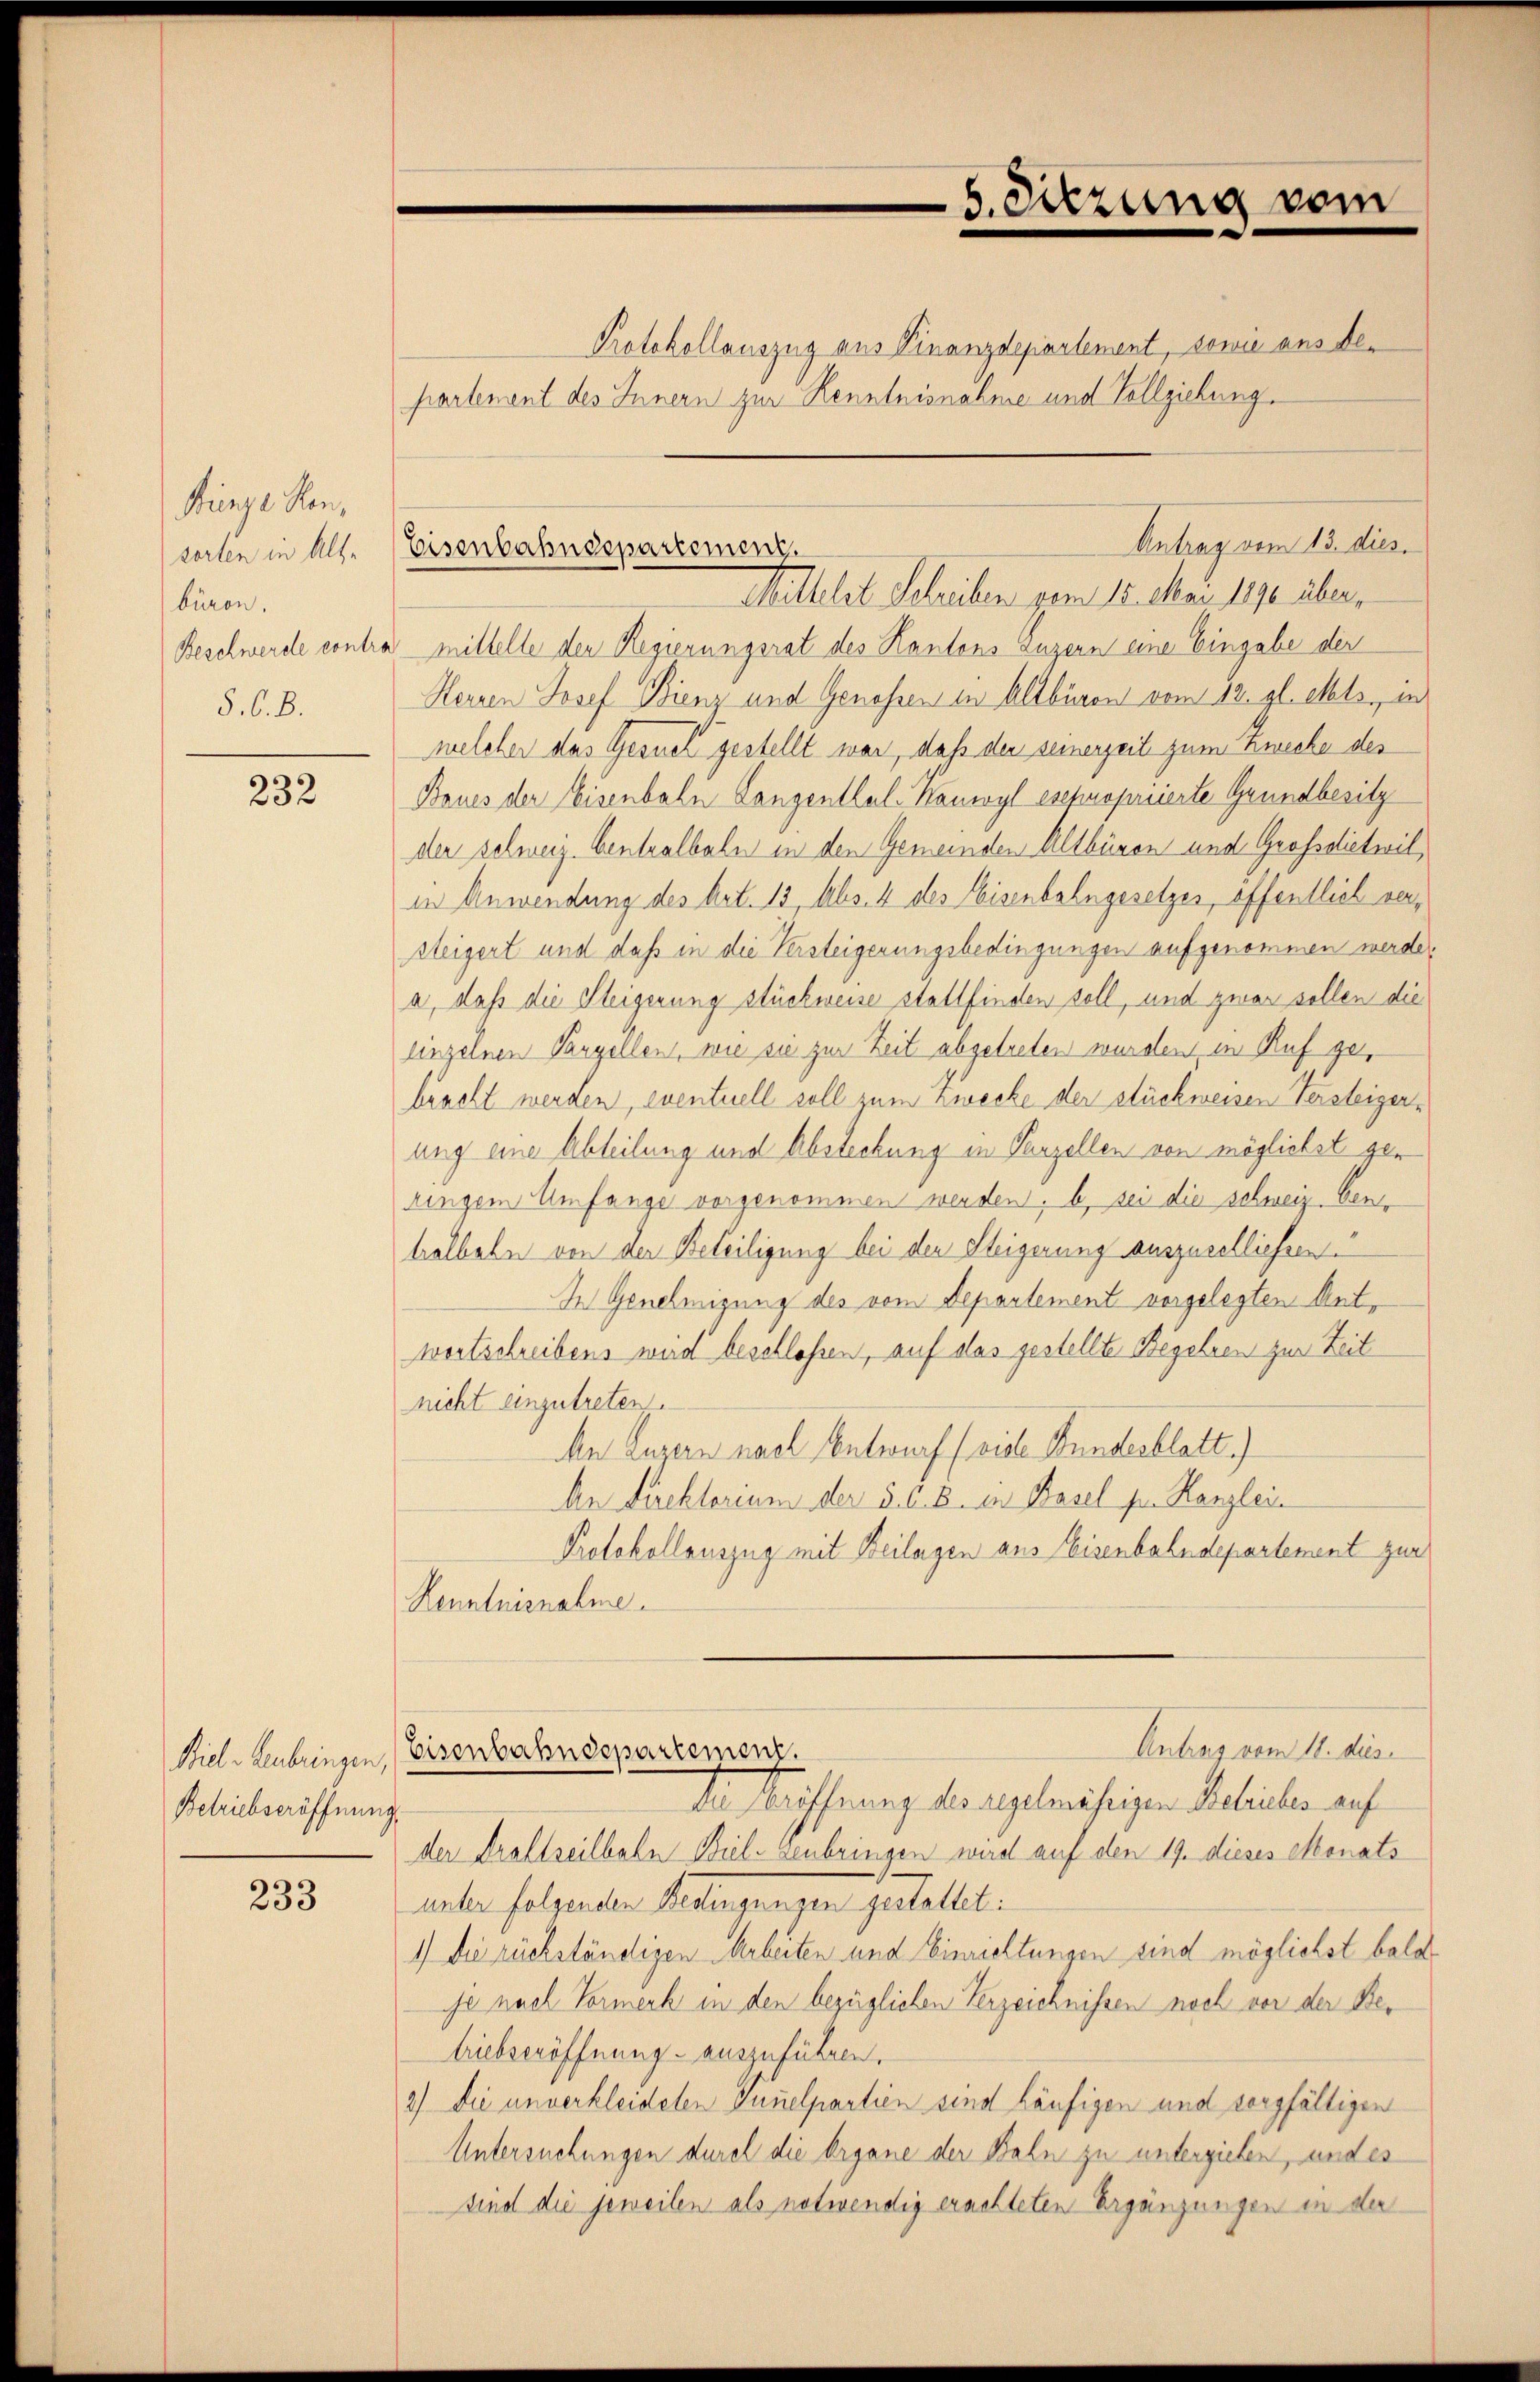
Fuenze Hansorten in Alte
büren.
Beschwerde contro
§. 6. B.

232

Betriebseröffnung.

233

Protokollauszug aus Finanzdepartement, sowie aus departement des Innern zur Kenntnisnahme und Vollziehung.
a mittelte den Regierungsrat des Kantons Luzern eine Eingabe der
Herren Josef Bienz und Genossen in Altbüren vom 12. gl. Mts., in
welcher das Gesuch gestellt war, daß der seinerzeit zum Zwecke des
Baues der Eisenbahn Langenthal-Kanwyl esepropriierte Grundbesitz
der schweiz. Centralbeln in den Gemeinden Altbüren und Großdietwil
in Anwendung des Art. 13, Abs. 4 des Eisenbahngesetzer, öffentlich versteigert und daß in die Versteigerungsbedingungen aufgenommen werde.
a, daß die Steigerung stückweise stattfinden soll, und zwar sollen die
einzelnen Panzellen, wie sie zur Zeit abgetreten wurden in Ruf gebracht werden, eventuell soll zum Zwecke der stückweisen Versteigerung eine Abteilung und Absteckung in Parzellen von möglichst geringem Umfange vorgenommen werden; b) sei die schweiz. Genhalbeln von der Beteiligung bei den Steigerung auszuselliessen.
In Genehmigung des vom Departement vorgelegten Antwortschreibens wird beschlossen, auf das gestellte Begehren zur Zeit
nicht einzutreten.
An Luzern nach Entwurf (viele Bundesblatt)
An Direkterium der 5. d. B. in Basel pr. Kanzlein
Protokollauszug mit Beilagen aus Eisenbahndepartement zur
Kenntnisnahme.
Antrag vom 11. dies
Biele Leubringen Eisenbahndepartement.
Der Eröffnung des regelmäsigen Betrieber auf
der Kraftseilbahn Biel zenbringen wird auf den 19. dieses Monats
earten folgenden Bedingungen gestellt.
1) Die rückständigen Arbeiten und Einrichtungen sind möglichst bald
je nach Vormerk in den bezüglichen Verzeichnissen noch vor der Betriebseröffnung auszuführen.
2) Die unverkleideten Annelpartien sind häufigen und sorgfältigen
Untersuchungen durch die Organe der Bahn zu unterzielen, und es
sind die jeweilen als notwendig erachteten Ergänzungen in der

5. Sitzung vom

Antrag vom 13. dies
Eisenbahndepartemenz
Mittelst Schreiben vom 15. Mai 1890 über,